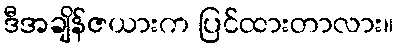
ဒီအချိန်ဇယားက ပြင်ထားတာလား။